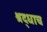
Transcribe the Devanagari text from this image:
श्रद्धाच